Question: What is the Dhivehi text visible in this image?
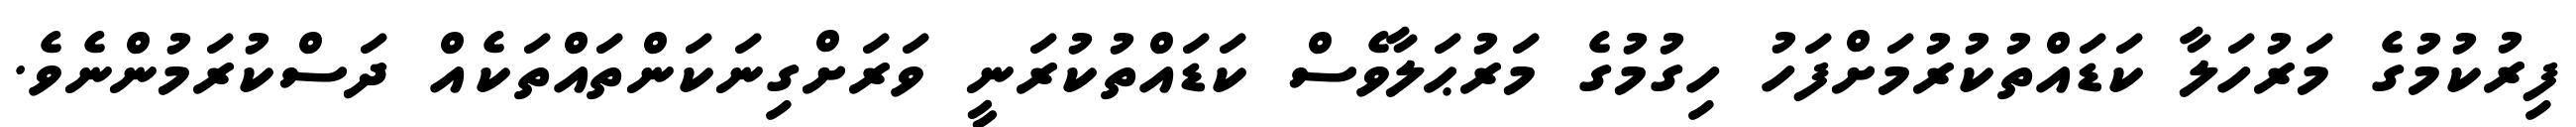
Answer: ފިރުކުމުގެ މަރުހަލާ ކަޑައްތުކުރުމަށްފަހު ހިގުމުގެ މަރުޙަލާވެސް ކަޑައްތުކުރަނީ ވަރަށްގިނަކަންތައްތަކެއް ދަސްކުރަމުންނެވެ.